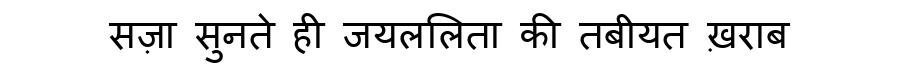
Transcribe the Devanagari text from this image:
सज़ा सुनते ही जयललिता की तबीयत ख़राब